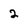
Character: 2